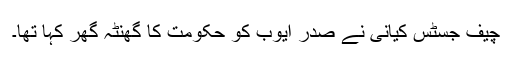
چیف جسٹس کیانی نے صدر ایوب کو حکومت کا گھنٹہ گھر کہا تھا۔